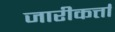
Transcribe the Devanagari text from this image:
जारीकर्त्ता